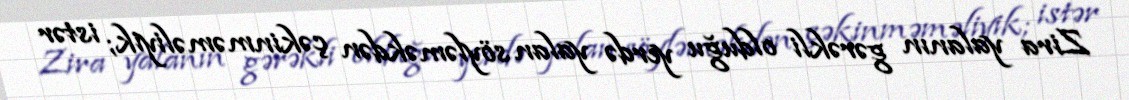
Zira yalanın gərəkli olduğu yerdə yalan söyləməkdən çəkinməməliyik; istər